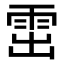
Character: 𩂗